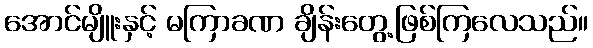
အောင်မျိူးနှင့် မကြာခဏ ချိန်းတွေ့ဖြစ်ကြလေသည်။